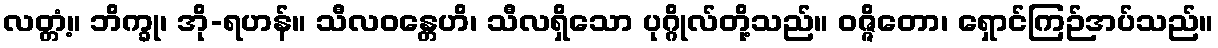
လတ္တံ့။ ဘိက္ခု၊ အို-ရဟန်။ သီလဝန္တေဟိ၊ သီလရှိသော ပုဂ္ဂိုလ်တို့သည်။ ဝဇ္ဇိတော၊ ရှောင်ကြဉ်အပ်သည်။